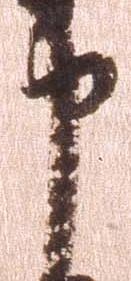
申